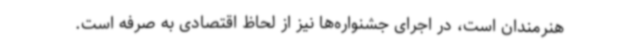
هنرمندان است، در اجرای جشنواره‌ها نیز از لحاظ اقتصادی به صرفه است.